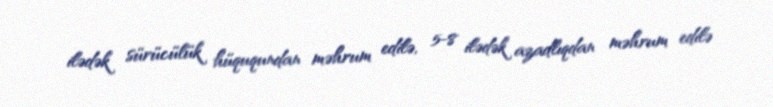
ilədək sürücülük hüququndan məhrum edilə, 5-8 ilədək azadlıqdan məhrum edilə